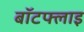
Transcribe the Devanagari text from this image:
बॉटफ्लाइ